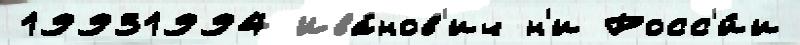
19931994 Ива́нов'ич н'и Росс'и́и